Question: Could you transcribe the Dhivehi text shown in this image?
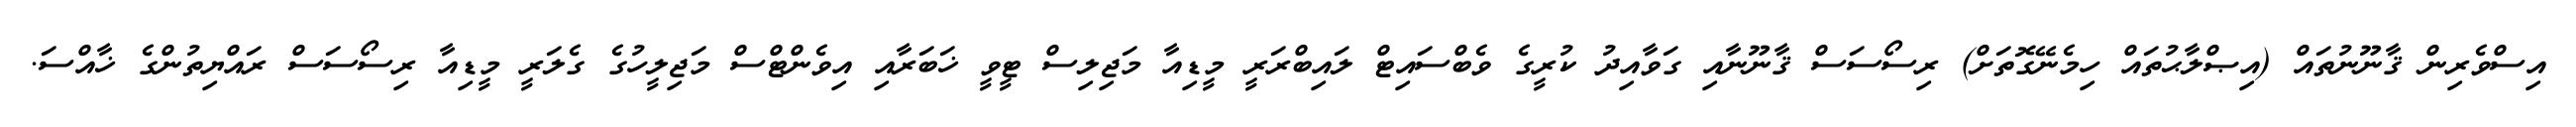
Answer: އިސްވެރިން ޤާނޫނުތައް (އިޞްލާޙުތައް ހިމެނޭގޮތަށް) ރިސޯސަސް ޤާނޫނާއި ގަވާއިދު ކުރީގެ ވެބްސައިޓް ލައިބްރަރީ މީޑިއާ މަޖިލިސް ޓީވީ ޚަބަރާއި އިވެންޓްސް މަޖިލީހުގެ ގެލަރީ މީޑިއާ ރިސޯސަސް ރައްޔިތުންގެ ޚާއްސަ.